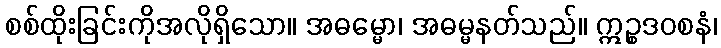
စစ်ထိုးခြင်းကိုအလိုရှိသော။ အဓမ္မော၊ အဓမ္မနတ်သည်။ ဣဉ္စဒဝစနံ၊